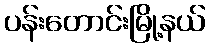
ပန်းတောင်းမြို့နယ်